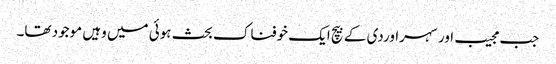
جب مجیب اور سہراوردی کے بیچ ایک خوفناک بحث ہوئی میں وہیں موجود تھا۔